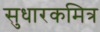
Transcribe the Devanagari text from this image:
सुधारकमित्र